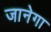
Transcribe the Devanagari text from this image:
जानेगा